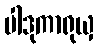
ပါဒုကာရုယှ